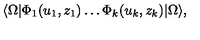
\langle \Omega | \Phi _ { 1 } ( u _ { 1 } , z _ { 1 } ) \ldots \Phi _ { k } ( u _ { k } , z _ { k } ) | \Omega \rangle ,